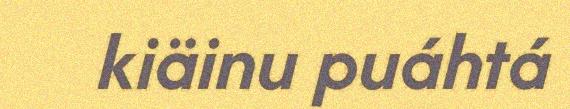
kiäinu puáhtá